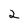
Character: 2